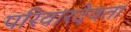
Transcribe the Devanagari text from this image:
परिवारदेवता